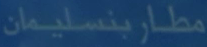
مطار بنسلیمان